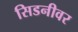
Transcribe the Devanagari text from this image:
सिडनीवर